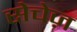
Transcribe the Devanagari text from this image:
सेचेज़